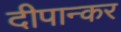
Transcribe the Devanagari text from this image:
दीपान्कर